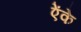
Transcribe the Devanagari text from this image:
ऐंके